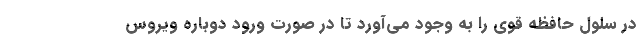
در سلول حافظه‌ قوی را به وجود می‌آورد تا در صورت ورود دوباره ویروس